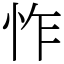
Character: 怍